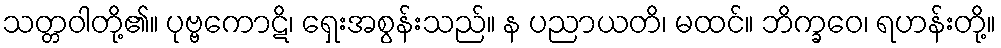
သတ္တဝါတို့၏။ ပုဗ္ဗကောဋိ၊ ရှေးအစွန်းသည်။ န ပညာယတိ၊ မထင်။ ဘိက္ခဝေ၊ ရဟန်းတို့။